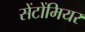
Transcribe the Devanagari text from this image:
सेंटोंमियर